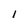
Character: l